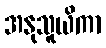
အနုသူယိကာ